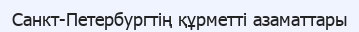
Санкт-Петербургтің құрметті азаматтары